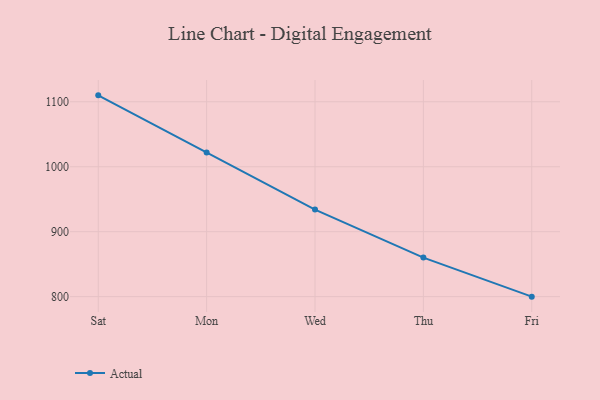
{"axis": {"x": "Day", "y": "Revenue (USD Million)"}, "legend": ["Actual"], "data": [{"x": "Sat", "y": 1109.9, "type": "Actual"}, {"x": "Mon", "y": 1021.8, "type": "Actual"}, {"x": "Wed", "y": 934.1, "type": "Actual"}, {"x": "Thu", "y": 860.1, "type": "Actual"}, {"x": "Fri", "y": 800, "type": "Actual"}]}